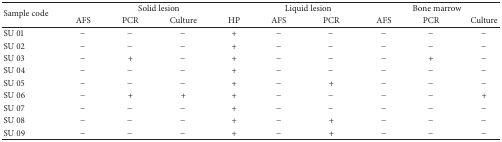
<table><thead><tr><td rowspan="2"><b>Sample code</b></td><td colspan="4"><b>Solid lesion</b></td><td colspan="2"><b>Liquid lesion</b></td><td colspan="3"><b>Bone marrow</b></td></tr><tr><td><b>AFS</b></td><td><b>PCR</b></td><td><b>Culture</b></td><td><b>HP</b></td><td><b>AFS</b></td><td><b>PCR</b></td><td><b>AFS</b></td><td><b>PCR</b></td><td><b>Culture</b></td></tr></thead><tbody><tr><td>SU 01</td><td>−</td><td>−</td><td>−</td><td>+</td><td>−</td><td>−</td><td>−</td><td>−</td><td>−</td></tr><tr><td>SU 02</td><td>−</td><td>−</td><td>−</td><td>+</td><td>−</td><td>−</td><td>−</td><td>−</td><td>−</td></tr><tr><td>SU 03</td><td>−</td><td>+</td><td>−</td><td>+</td><td>−</td><td>−</td><td>−</td><td>+</td><td>−</td></tr><tr><td>SU 04</td><td>−</td><td>−</td><td>−</td><td>+</td><td>−</td><td>−</td><td>−</td><td>−</td><td>−</td></tr><tr><td>SU 05</td><td>−</td><td>−</td><td>−</td><td>+</td><td>−</td><td>+</td><td>−</td><td>−</td><td>−</td></tr><tr><td>SU 06</td><td>−</td><td>+</td><td>+</td><td>+</td><td>−</td><td>−</td><td>−</td><td>−</td><td>+</td></tr><tr><td>SU 07</td><td>−</td><td>−</td><td>−</td><td>+</td><td>−</td><td>−</td><td>−</td><td>−</td><td>−</td></tr><tr><td>SU 08</td><td>−</td><td>−</td><td>−</td><td>+</td><td>−</td><td>+</td><td>−</td><td>−</td><td>−</td></tr><tr><td>SU 09</td><td>−</td><td>−</td><td>−</td><td>+</td><td>−</td><td>+</td><td>−</td><td>−</td><td>−</td></tr></tbody></table>